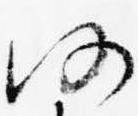
仍